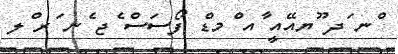
ްނ ަދ ޫޔއޭއީ ާއ ްމޑް ފޯސަސް ެޖ ެނ ަރ ްލ